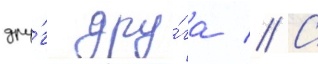
дру́г дру́га // С